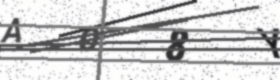
Text: AO8Y